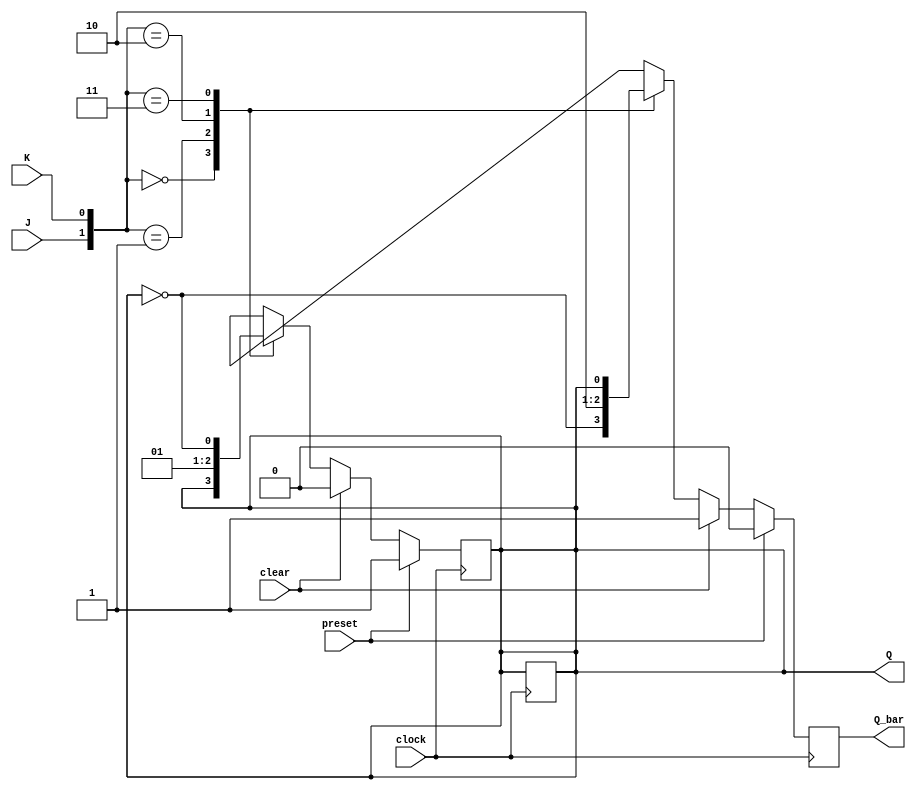
module JK_FF (
    input J,
    input K,
    input clock,
    input preset,
    input clear,
    output reg Q,
    output reg Q_bar
);

reg Q_previous;

always @ (posedge clock) begin
    if (preset) begin
        Q <= 1;
        Q_bar <= 0;
    end else if (clear) begin
        Q <= 0;
        Q_bar <= 1;
    end else begin
        case({J, K})
            2'b00: begin
                Q <= Q;
                Q_bar <= ~Q;
            end
            2'b01: begin
                Q <= 0;
                Q_bar <= 1;
            end
            2'b10: begin
                Q <= 1;
                Q_bar <= 0;
            end
            2'b11: begin
                Q <= ~Q;
                Q_bar <= Q;
            end
        endcase
    end
    Q_previous <= Q;
end

assign Q_previous = Q;

endmodule